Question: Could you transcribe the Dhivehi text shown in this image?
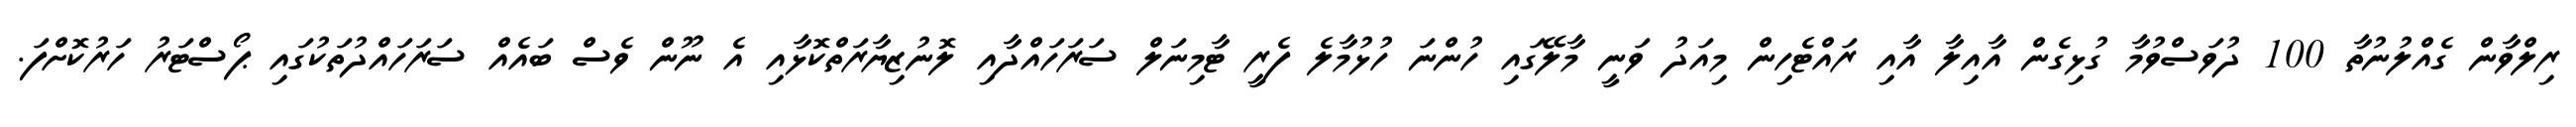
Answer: ރިލްވާން ގެއްލުނުތާ 100 ދުވަސްވުމާ ގުޅިގެން އާއިލާ އާއި ރައްޓެހިން މިއަދު ވަނީ މާލޭގައި ހުންނަ ހުޅުމާލެ ފެރީ ޓާމިނަލް ސަރަހައްދާއި ލޮނުޒިޔާރަތްކޮޅާއި އެ ނޫން ވެސް ބައެއް ސަރަހައްދުތަކުގައި ޕޯސްޓަރު ހަރުކޮށްފަ.